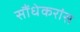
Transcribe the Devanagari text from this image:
सौंधेकरांस